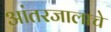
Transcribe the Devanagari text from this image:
आंतरजालाचे